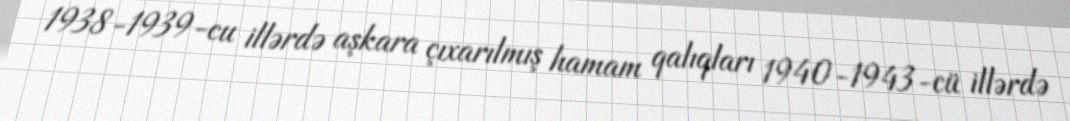
1938-1939-cu illərdə aşkara çıxarılmış hamam qalıqları 1940-1943-cü illərdə